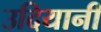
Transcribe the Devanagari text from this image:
उदियानी